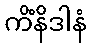
ကိံနိဒါနံ